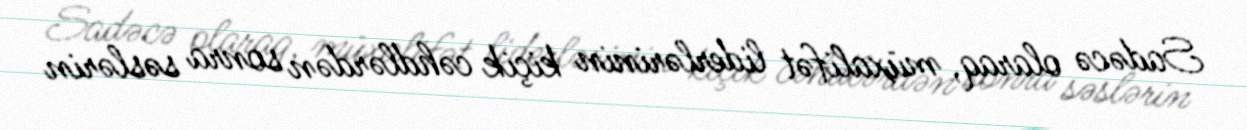
Sadəcə olaraq, müxalifət liderlərinin kiçik cəhdlərdən sonra səslərin